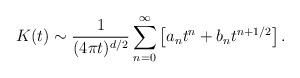
LaTeX: \begin{align*}K(t) \sim {1 \over (4\pi t)^{d/2}}\sum_{n=0}^\infty \left[a_{n} t^{n}+b_{n} t^{n+1/2}\right].\end{align*}